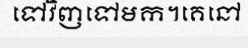
ទៅវិញទៅមក។គេនៅ